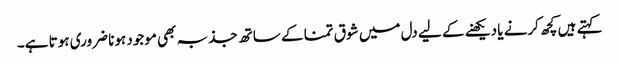
کہتے ہیں کچھ کرنے یا دیکھنے کے لیے دل میں شوق تمنا کے ساتھ جذبہ بھی موجود ہونا ضروری ہوتا ہے۔